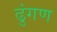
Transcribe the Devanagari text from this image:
ढुंगण